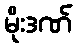
မိုးဒဏ်